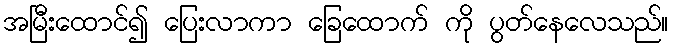
အမြီးထောင်၍ ပြေးလာကာ ခြေထောက် ကို ပွတ်နေလေသည်။